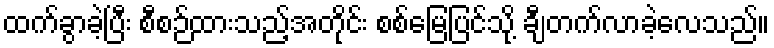
ထက်ခွာခဲ့ပြီး စီစဉ်ထားသည့်အတိုင်း စစ်မြေပြင်သို့ ချီတက်လာခဲ့လေသည်။